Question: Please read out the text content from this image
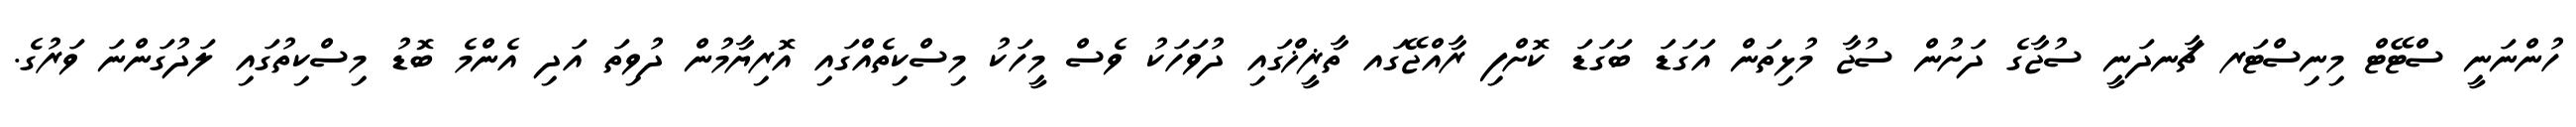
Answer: ހުންނަނީ ސްޓޭޓް މިނިސްޓަރ ޗާނދަނީ ސުޖާގެ ދަށުން ސުޖާ މުޅިތަން އަގަޑަ ބަގަޑަ ކޮށްފި ރާއްޖޭގައ ތާޜީޚްގައި ދުވަހަކު ވެސް މީހަކު މިސްކިތެއްގައި އޮރިޔާމުން ދުވިތަ އަދި އެންމެ ބޮޑު މިސްކިތުގައި ލަދުގަންނަ ވަރުގެ.